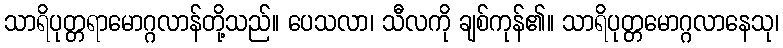
သာရိပုတ္တရာမောဂ္ဂလာန်တို့သည်။ ပေသလာ၊ သီလကို ချစ်ကုန်၏။ သာရိပုတ္တမောဂ္ဂလာနေသု၊